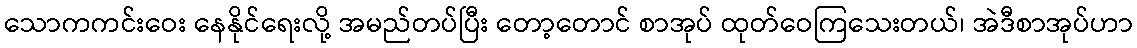
သောကကင်းဝေး နေနိုင်ရေးလို့ အမည်တပ်ပြီး တော့တောင် စာအုပ် ထုတ်ဝေကြသေးတယ်၊ အဲဒီစာအုပ်ဟာ